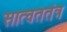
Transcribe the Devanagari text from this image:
सात्वततंत्र